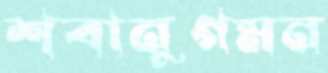
শবানুগমন